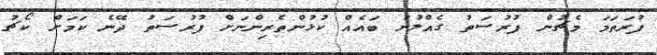
ފުރަތަމަ މެޗުން ފުރުސަތު ގެއްލުނު ބައެއް ކުޅުންތެރިންނަށް ފުރުސަތު ދޭނެ ކަމަށް ކޯޗު